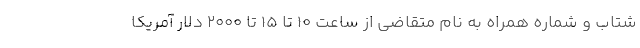
شتاب و شماره همراه به نام متقاضی از ساعت ۱۰ تا ۱۵ تا ۲۰۰۰ دلار آمریکا